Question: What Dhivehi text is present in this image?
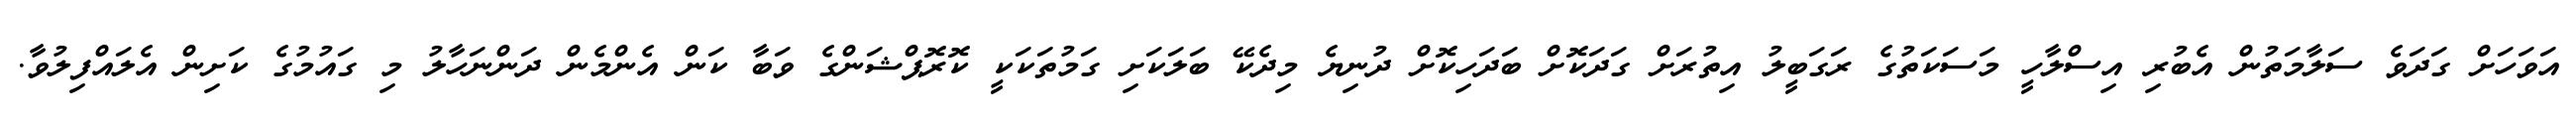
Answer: އަވަހަށް ގަދަވެ ސަލާމަތުން އެބުރި އިސްލާހީ މަސަކަތުގެ ރަގަބީލު އިތުރަށް ގަދަކޮށް ބަދަހިކޮށް ދުނިޔެ މިދެކޭ ބަލަކަށި ގަމުތަކަކީ ކޮރޮޕްޝަންގެ ވަބާ ކަން އެންމެން ދަންނަހާލު މި ގައުމުގެ ކަށިން އެލައްފިލުވާ.